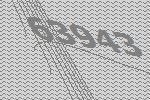
63943